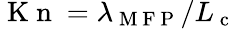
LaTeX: \mathrm{~K~n~}=\lambda_{\mathrm{~M~F~P~}}/L_{\mathrm{~c~}}